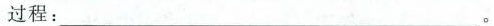
过程：________________。